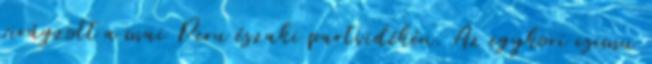
virágzott a mai Peru északi partvidékén. Az egykori csimu